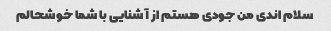
سلام اندی من جودی هستم از آشنایی با شما خوشحالم